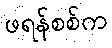
ဖရန်စစ်က